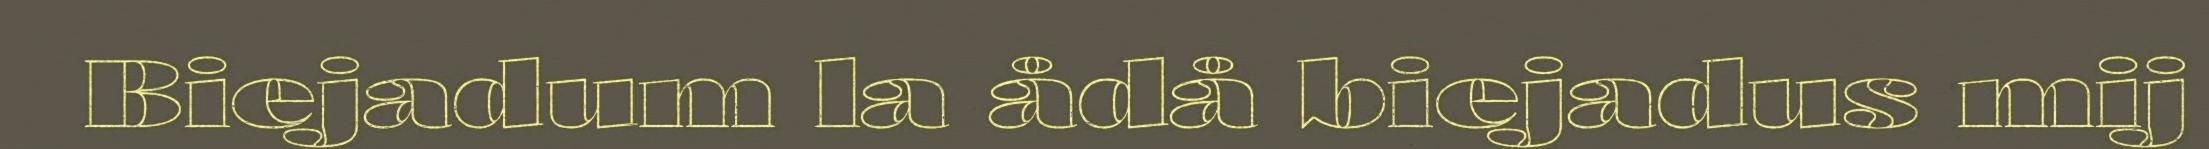
Biejadum la ådå biejadus mij